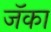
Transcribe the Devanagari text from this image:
जॅका